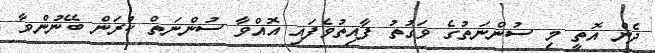
ދެން އޮތީ މި ސުންނަތުގެ ވަގުތު ފާއިތުވެފައި އޮއްވާ ސުންނަތް ކުރަން ބޭނުންވާ